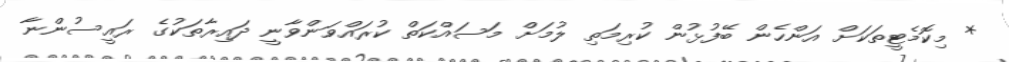
* މިކޮމެޓީތަކަށް އަންހެން ބޭފުޅުން ކުރިމަތި ލުމަށް މަސައްކަތް ކުރައްވަންވާނީ ދައިރާތަކުގެ ރައީސުންނާ